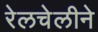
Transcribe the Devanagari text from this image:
रेलचेलीने